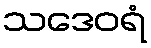
သဒေဝရံ